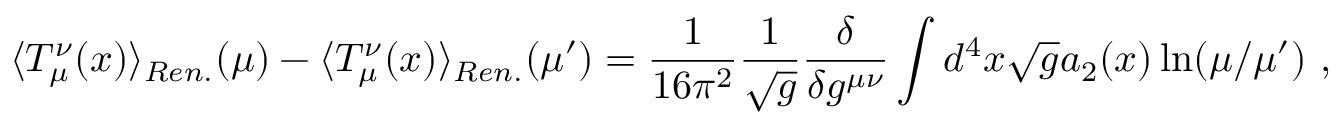
\langle T _ { \mu } ^ { \nu } ( x ) \rangle _ { R e n . } ( \mu ) - \langle T _ { \mu } ^ { \nu } ( x ) \rangle _ { R e n . } ( \mu ^ { \prime } ) = \frac 1 { 1 6 \pi ^ { 2 } } \frac 1 { \sqrt { g } } \frac { \delta } { \delta g ^ { \mu \nu } } \int d ^ { 4 } x \sqrt { g } a _ { 2 } ( x ) \ln ( \mu / \mu ^ { \prime } ) \ ,